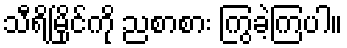
သီရိမြိုင်ကို ညစာစား ကြွခဲ့ကြပါ။